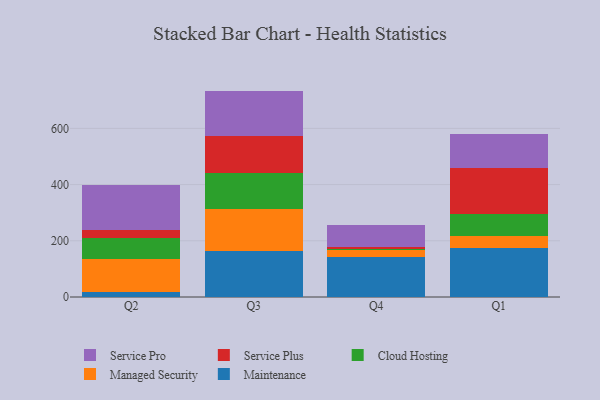
{"axis": {"x": "Quarter", "y": "Churn Rate (%)"}, "legend": ["Cloud Hosting", "Maintenance", "Managed Security", "Service Plus", "Service Pro"], "data": [{"x": "Q2", "y": 16.8, "type": "Maintenance"}, {"x": "Q2", "y": 119.8, "type": "Managed Security"}, {"x": "Q2", "y": 75.0, "type": "Cloud Hosting"}, {"x": "Q2", "y": 25.4, "type": "Service Plus"}, {"x": "Q2", "y": 162.3, "type": "Service Pro"}, {"x": "Q3", "y": 162.1, "type": "Maintenance"}, {"x": "Q3", "y": 149.7, "type": "Managed Security"}, {"x": "Q3", "y": 128.4, "type": "Cloud Hosting"}, {"x": "Q3", "y": 133.6, "type": "Service Plus"}, {"x": "Q3", "y": 159.8, "type": "Service Pro"}, {"x": "Q4", "y": 141.8, "type": "Maintenance"}, {"x": "Q4", "y": 24.1, "type": "Managed Security"}, {"x": "Q4", "y": 5.1, "type": "Cloud Hosting"}, {"x": "Q4", "y": 6.1, "type": "Service Plus"}, {"x": "Q4", "y": 79.2, "type": "Service Pro"}, {"x": "Q1", "y": 173.9, "type": "Maintenance"}, {"x": "Q1", "y": 42.3, "type": "Managed Security"}, {"x": "Q1", "y": 77.5, "type": "Cloud Hosting"}, {"x": "Q1", "y": 166.3, "type": "Service Plus"}, {"x": "Q1", "y": 119.6, "type": "Service Pro"}]}